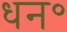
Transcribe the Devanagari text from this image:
धन॰